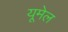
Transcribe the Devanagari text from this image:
यूमेल